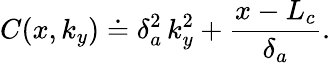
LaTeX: C(x,k_{y})\doteq\delta_{a}^{2}\, k_{y}^{2}+\frac{x-L_{c}}{\delta_{a}}.